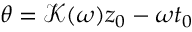
\theta = \mathcal { K } ( \omega ) z _ { 0 } - \omega t _ { 0 }